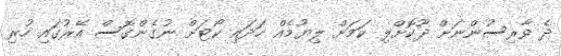
ދެ ވާރިސުންނަށް ދޫކޮށްލި ކަމަށް ލިޔުމެއް ހަދައި ކޯޓަށް ނުގެންގޮސް އޭރުގައި ހުރި